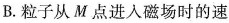
B.粒子从M点进入磁场时的速